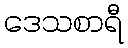
ဒေသစာရီ